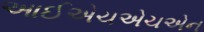
આઈએચએચએન